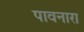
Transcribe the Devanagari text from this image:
पावनारा